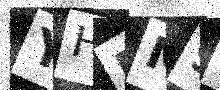
Text: YHDM9O